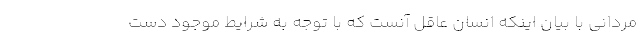
مردانی با بیان اینکه انسان عاقل آنست که با توجه به شرایط موجود دست